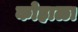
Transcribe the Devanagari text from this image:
कोहाळा